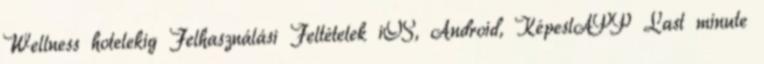
Wellness hotelekig Felhasználási Feltételek iOS, Android, KépeslAPP Last minute